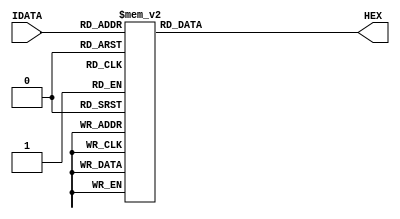
module seg_dec (IDATA, HEX);
	input [3:0] IDATA;
	output reg [6:0] HEX;	

// 1 = LED OFF
// gfedcba map
// just map each bits
always @(IDATA) begin
	case (IDATA)
		4'b0000 : HEX <= 7'b1000000;
		4'b0001 : HEX <= 7'b1111001;
		4'b0010 : HEX <= 7'b0100100;
		4'b0011 : HEX <= 7'b0110000;
		4'b0100 : HEX <= 7'b0011001;
		4'b0101 : HEX <= 7'b0010010;
		4'b0110 : HEX <= 7'b0000010;
		4'b0111 : HEX <= 7'b1111000;
		4'b1000 : HEX <= 7'b0000000;
		4'b1001 : HEX <= 7'b0010000;
		default : HEX <= 7'b0111111;
	endcase
end

endmodule